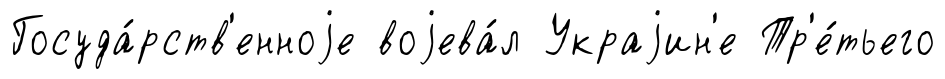
Госуда́рств'енноjе воjева́л Украjин'е Тр'е́тьего